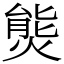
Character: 熋